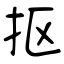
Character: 抠